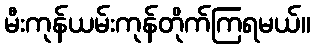
မီးကုန်ယမ်းကုန်တိုက်ကြရမယ်။